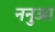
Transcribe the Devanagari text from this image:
ननुआ